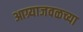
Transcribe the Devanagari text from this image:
आग्र्याजवळच्या